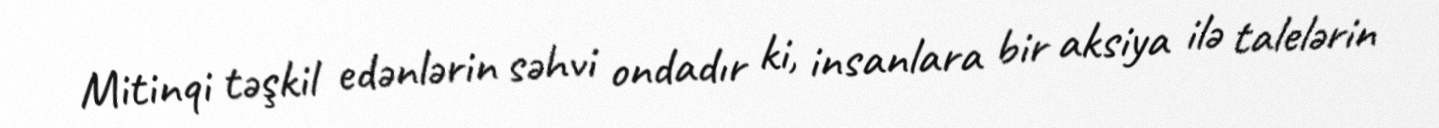
Mitinqi təşkil edənlərin səhvi ondadır ki, insanlara bir aksiya ilə talelərin